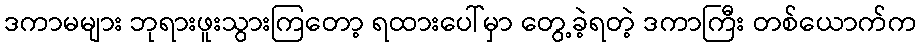
ဒကာမများ ဘုရားဖူးသွားကြတော့ ရထားပေါ်မှာ တွေ့ခဲ့ရတဲ့ ဒကာကြီး တစ်ယောက်က